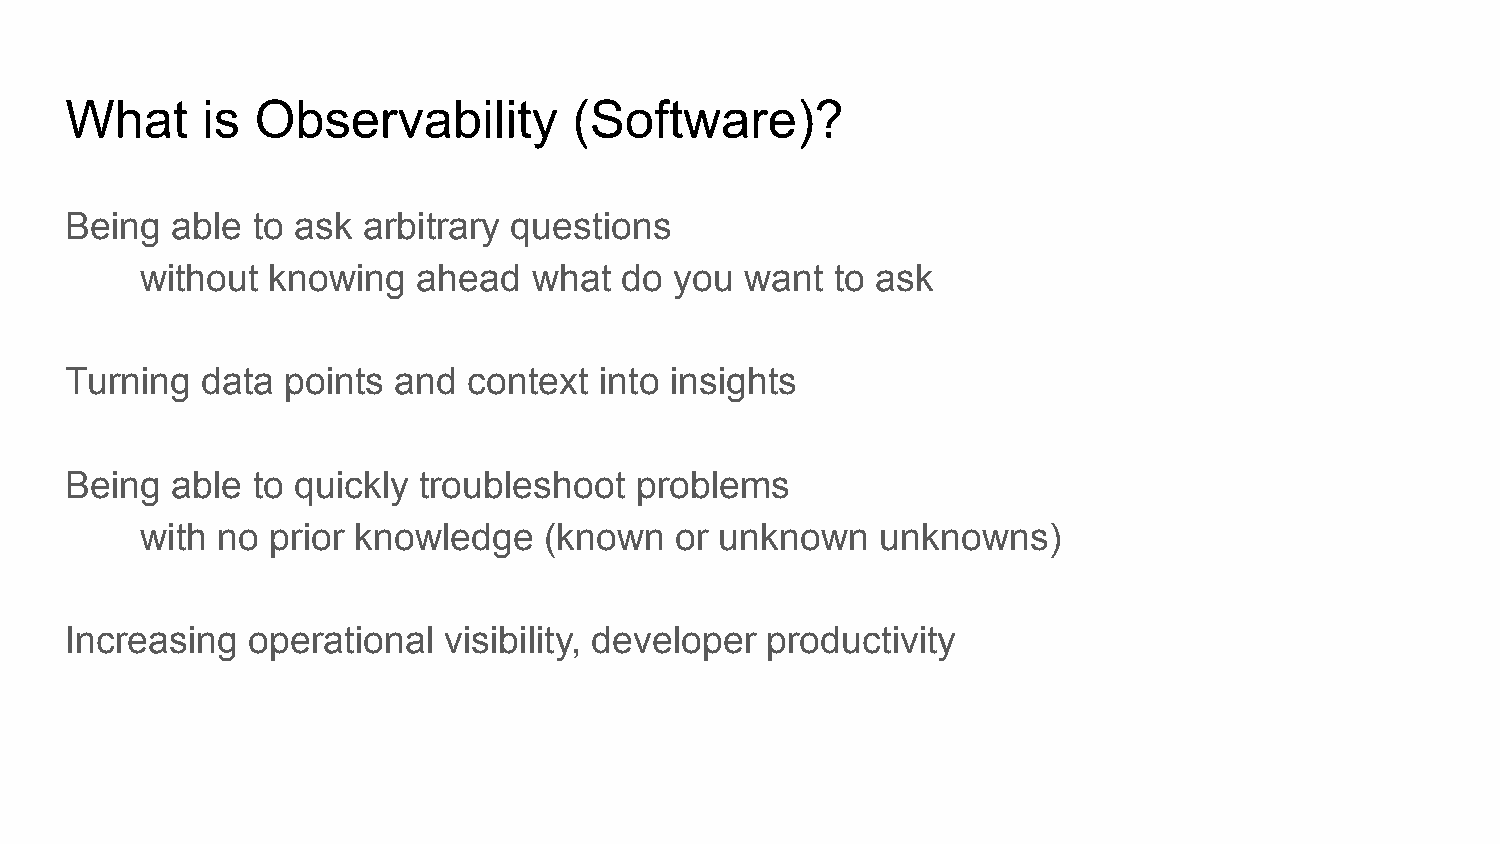
What     is  Observability        (Software)?
 Being  able  to ask arbitrary questions
 without  knowing   ahead  what  do  you want  to ask
 Turning  data  points and  context  into insights
 Being  able  to quickly troubleshoot  problems
 with no  prior knowledge   (known   or unknown   unknowns)
 Increasing  operational  visibility, developer productivity